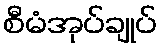
စီမံအုပ်ချုပ်